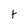
Character: t